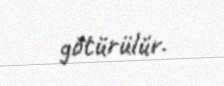
götürülür.